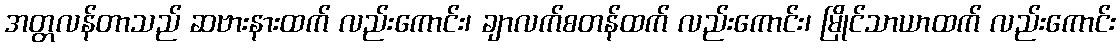
အတ္တလန်တာသည် ဆဗားနားထက် လည်းကောင်း၊ ချာလက်စတန်ထက် လည်းကောင်း၊ မြိုင်သာယာထက် လည်းကောင်း